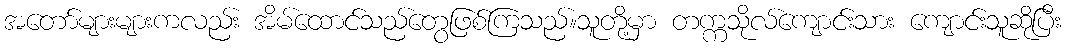
အတော်များများကလည်း အိမ်ထောင်သည်တွေဖြစ်ကြသည်။သူတို့မှာ တက္ကသိုလ်ကျောင်းသား ကျောင်းသူဆိုပြီး